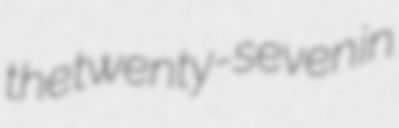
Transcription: the twenty-seven in